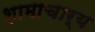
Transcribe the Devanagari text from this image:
शामाचार्य